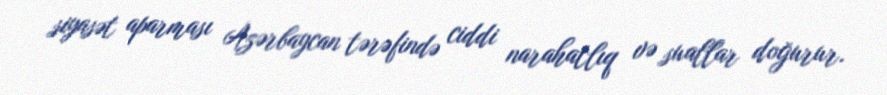
siyasət aparması Azərbaycan tərəfində ciddi narahatlıq və suallar doğurur.